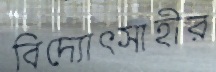
বিদ্যোৎসাহীর